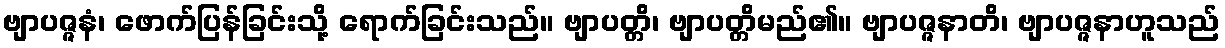
ဗျာပဇ္ဇနံ၊ ဖောက်ပြန်ခြင်းသို့ ရောက်ခြင်းသည်။ ဗျာပတ္တိ၊ ဗျာပတ္တိမည်၏။ ဗျာပဇ္ဇနာတိ၊ ဗျာပဇ္ဇနာဟူသည်